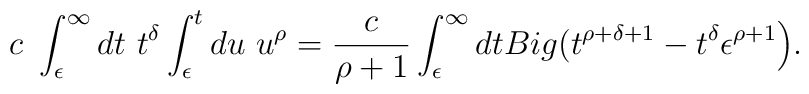
c \ \int_{\epsilon}^{\infty}dt  \ t^{\delta}\int_{\epsilon}^{t}du \ u^{\rho} =\frac{c}{\rho+1} \int_{\epsilon}^{\infty}dt \\Big(t^{\rho +\delta+1}-t^{\delta}\epsilon^{\rho+1}\Big).